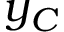
y _ { C }